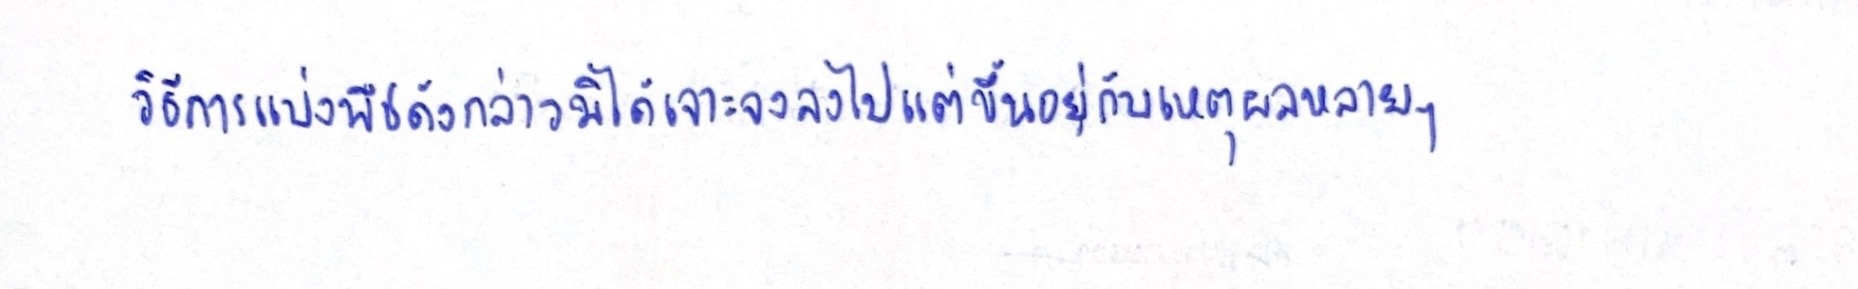
วิธีการแบ่งพืชดังกล่าวมิได้เจาะจงลงไปแต่ขึ้นอยู่กับเหตุผลหลายๆ